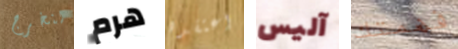
لنخرج هرم اعتقده آليس فهمتك